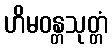
ဟိမဝန္တသုတ္တံ